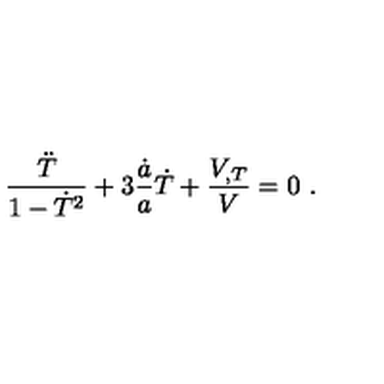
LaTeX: \frac { \ddot { T } } { 1 - \dot { T } ^ { 2 } } + 3 \frac { \dot { a } } { a } \dot { T } + \frac { V _ { , T } } { V } = 0 \ .